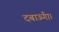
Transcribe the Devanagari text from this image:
दबाऊँगा।